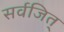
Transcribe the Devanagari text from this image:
सर्वजित्